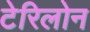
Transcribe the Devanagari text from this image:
टेरिलोन